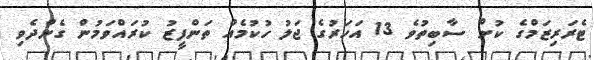
ޓެރަރިޒަމްގެ ކުށް ސާބިތުވެ 13 އަހަރުގެ ޖަލު ހުކުމެއް ތަންފީޒު ކުރައްވަމުން ގެންދެވި